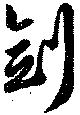
劍